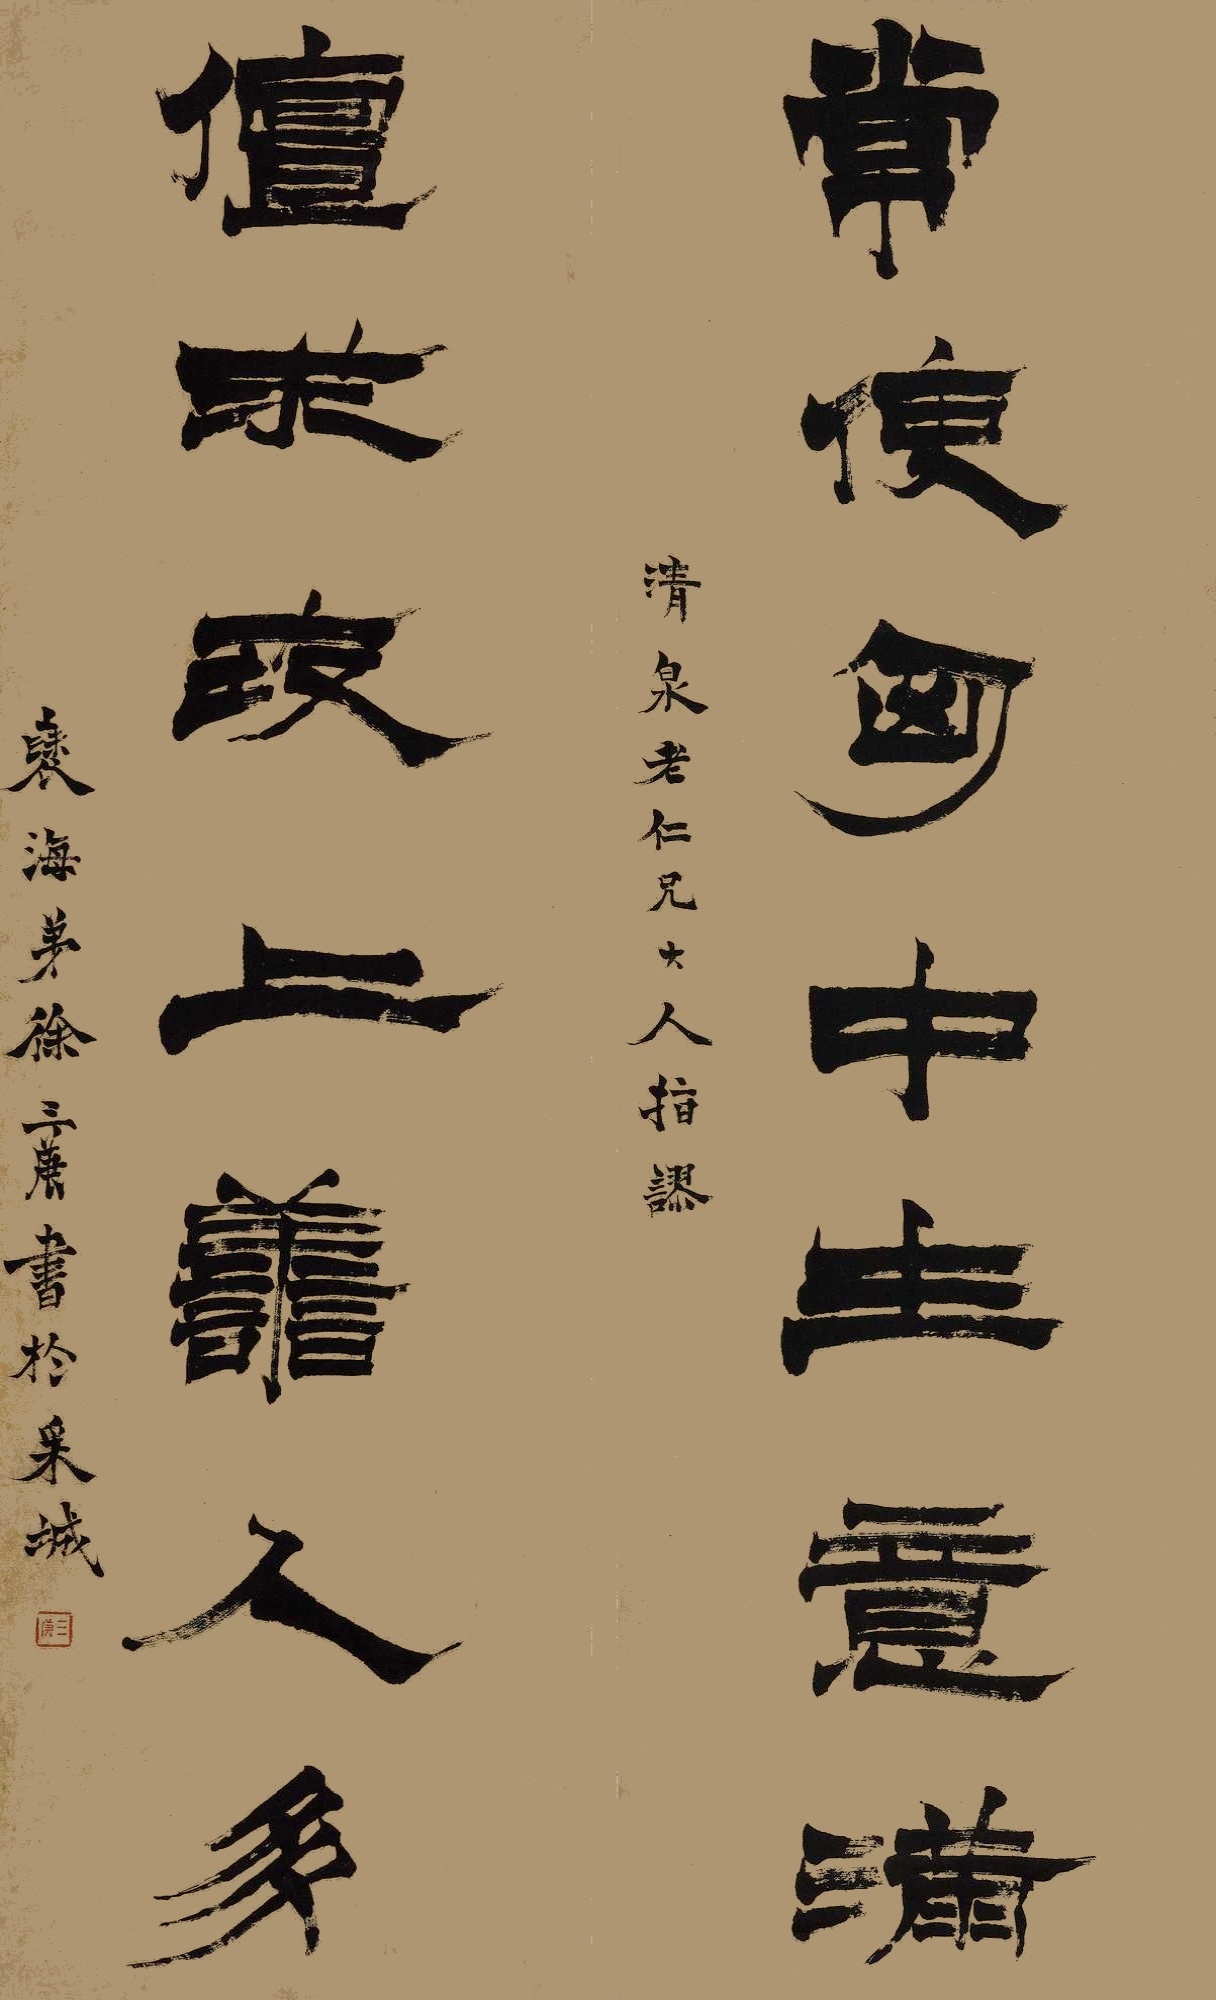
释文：常使胸中生意潇，儃求世上善人多。清泉老仁兄大人指谬，褒海弟徐三庚书于采城。